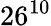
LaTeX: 26^{10}